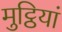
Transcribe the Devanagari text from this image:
मुट्ठियां